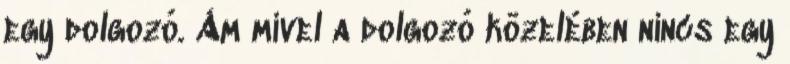
egy dolgozó. Ám mivel a dolgozó közelében nincs egy